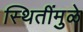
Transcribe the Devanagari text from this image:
स्थितींमुळे